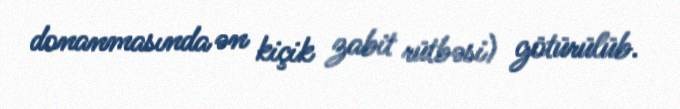
donanmasında ən kiçik zabit rütbəsi) götürülüb.